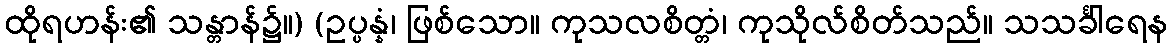
ထိုရဟန်း၏ သန္တာန်၌။) (ဥပ္ပန္နံ၊ ဖြစ်သော။ ကုသလစိတ္တံ၊ ကုသိုလ်စိတ်သည်။ သသင်္ခါရေန